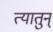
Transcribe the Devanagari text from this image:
त्यातुन्